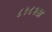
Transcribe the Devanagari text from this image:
८१८२अ